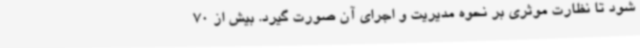
شود تا نظارت موثری بر نحوه مدیریت و اجرای آن صورت گیرد. بیش از 70